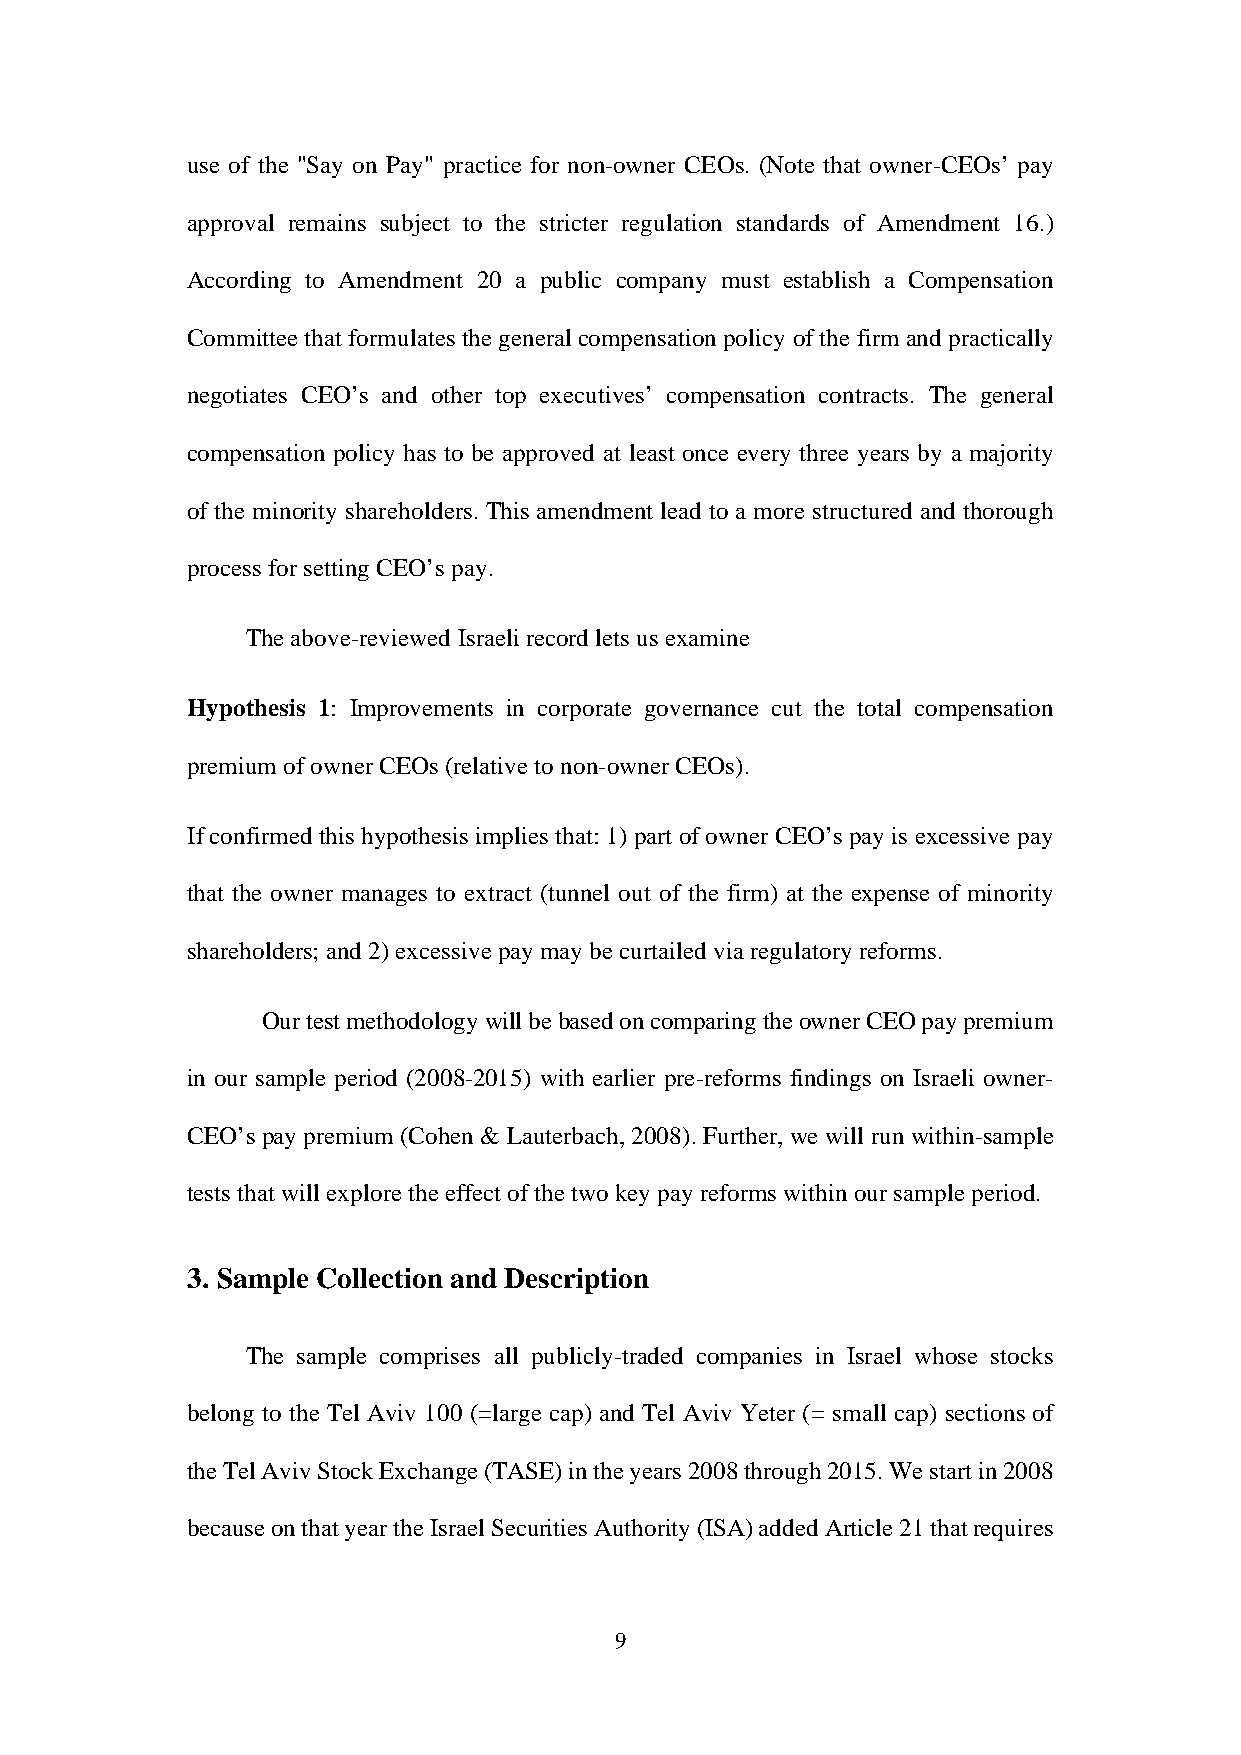
use of the "Say on Pay" practice for non-owner CEOs. (Note that owner-CEOs’ pay
 approval remains subject to the stricter regulation standards of Amendment 16.)
 According to Amendment 20 a public company must establish a Compensation
 Committee that formulates the general compensation policy of the firm and practically
 negotiates CEO’s and other top executives’ compensation contracts. The general
 compensation policy has to be approved at least once every three years by a majority
 of the minority shareholders. This amendment lead to a more structured and thorough
 process for setting CEO’s pay.
 The above-reviewed Israeli record lets us examine
 Hypothesis 1: Improvements in corporate governance cut the total compensation
 premium of owner CEOs (relative to non-owner CEOs).
 If confirmed this hypothesis implies that: 1) part of owner CEO’s pay is excessive pay
 that the owner manages to extract (tunnel out of the firm) at the expense of minority
 shareholders; and 2) excessive pay may be curtailed via regulatory reforms.
 Our test methodology will be based on comparing the owner CEO pay premium
 in our sample period (2008-2015) with earlier pre-reforms findings on Israeli owner-
 CEO’s pay premium (Cohen & Lauterbach, 2008). Further, we will run within-sample
 tests that will explore the effect of the two key pay reforms within our sample period.
 3. Sample Collection and Description
 The sample comprises all publicly-traded companies in Israel whose stocks
 belong to the Tel Aviv 100 (=large cap) and Tel Aviv Yeter (= small cap) sections of
 the Tel Aviv Stock Exchange (TASE) in the years 2008 through 2015. We start in 2008
 because on that year the Israel Securities Authority (ISA) added Article 21 that requires
 9